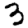
Digit: 3